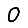
Digit: 0